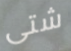
شتى